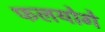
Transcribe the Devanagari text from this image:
फलयोगे